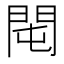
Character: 𨳘